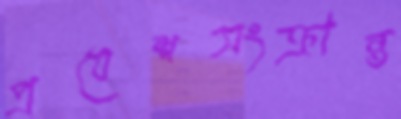
প্রবেশসংক্রান্ত